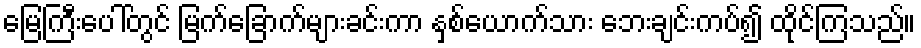
မြေကြီးပေါ်တွင် မြက်ခြောက်များခင်းကာ နှစ်ယောက်သား ဘေးချင်းကပ်၍ ထိုင်ကြသည်။